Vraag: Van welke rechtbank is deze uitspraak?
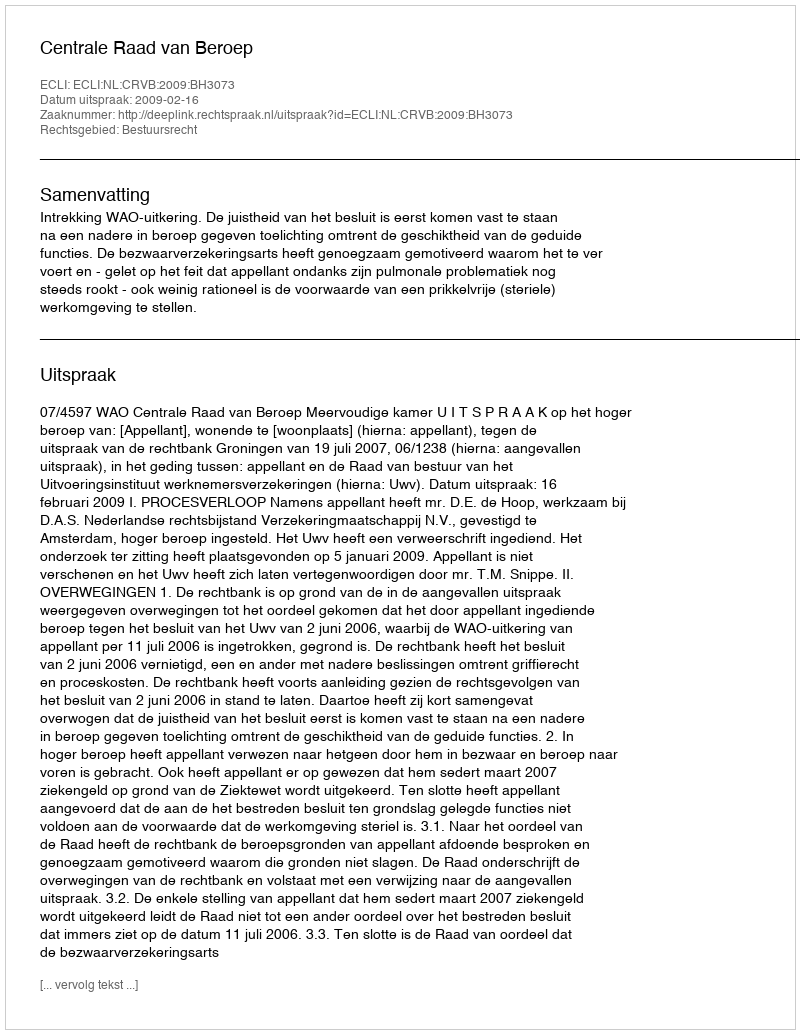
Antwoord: Centrale Raad van Beroep